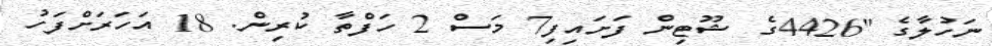
ނަހުލާގެ "4426ގެ ޝޫޓިން ފަށައިފި7 މަސް 2 ހަފްތާ ކުރިން. 18 އަހަރަށްފަހު